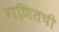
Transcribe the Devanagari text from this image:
गणितची